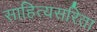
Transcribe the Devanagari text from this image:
साहित्यसरिता